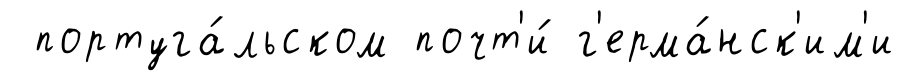
португа́льском почт'и́ г'ерма́нск'им'и